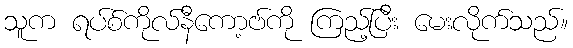
သူက ရပ်စ်ကိုလ်နီကော့ဗ်ကို ကြည့်ပြီး မေးလိုက်သည်။